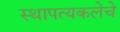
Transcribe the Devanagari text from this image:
स्थापत्यकलेचे